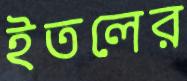
ইতলের